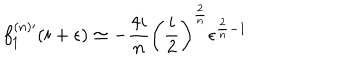
f _ { 1 } ^ { ( n ) \prime } ( i + \epsilon ) \simeq - \frac { 4 i } { n } \left( \frac { i } { 2 } \right) ^ { \frac { 2 } { n } } \epsilon ^ { \frac { 2 } { n } - 1 }